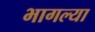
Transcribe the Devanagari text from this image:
भागल्या